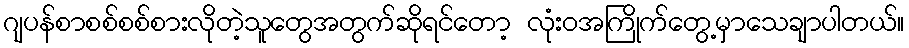
ဂျပန်စာစစ်စစ်စားလိုတဲ့သူတွေအတွက်ဆိုရင်တော့ လုံးဝအကြိုက်တွေ့မှာသေချာပါတယ်။